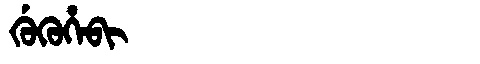
Manchu: ᡤᡠᡴᡠᡥᡝᠪᡳ
Romanization: GUKUHEBI